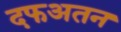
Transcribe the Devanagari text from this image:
दफअतन